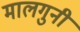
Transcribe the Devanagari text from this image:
मालगुनी